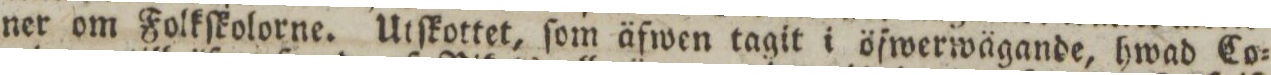
ner om Folkſkolorne. Utſkottet, ſom äfwen tagit i öfwerwägande, hwad Co=